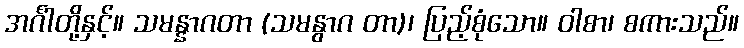
အင်္ဂါတို့နှင့်။ သမန္နာဂတာ (သမနွာဂ တာ)၊ ပြည့်စုံသော။ ဝါစာ၊ စကားသည်။